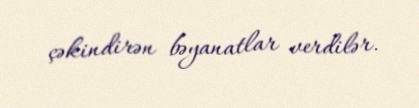
çəkindirən bəyanatlar verdilər.